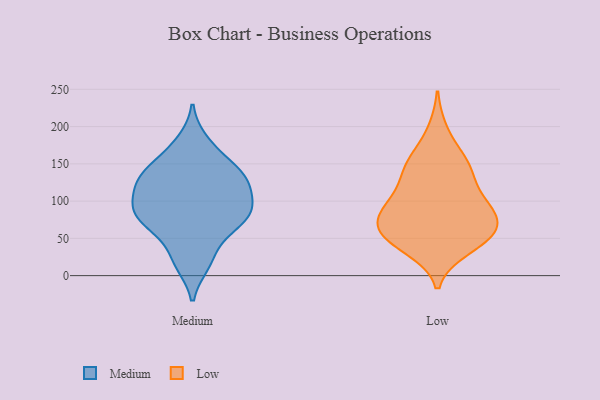
{"axis": {"x": "Customer Acquisition Cost (USD)", "y": "Value"}, "legend": ["Low", "Medium"], "data": [{"x": "", "y": 95, "type": "Medium"}, {"x": "", "y": 22, "type": "Medium"}, {"x": "", "y": 131, "type": "Medium"}, {"x": "", "y": 127, "type": "Medium"}, {"x": "", "y": 16, "type": "Medium"}, {"x": "", "y": 180, "type": "Medium"}, {"x": "", "y": 89, "type": "Medium"}, {"x": "", "y": 160, "type": "Medium"}, {"x": "", "y": 110, "type": "Medium"}, {"x": "", "y": 55, "type": "Medium"}, {"x": "", "y": 137, "type": "Medium"}, {"x": "", "y": 81, "type": "Medium"}, {"x": "", "y": 140, "type": "Medium"}, {"x": "", "y": 121, "type": "Medium"}, {"x": "", "y": 81, "type": "Medium"}, {"x": "", "y": 69, "type": "Medium"}, {"x": "", "y": 80, "type": "Medium"}, {"x": "", "y": 41, "type": "Low"}, {"x": "", "y": 112, "type": "Low"}, {"x": "", "y": 81, "type": "Low"}, {"x": "", "y": 68, "type": "Low"}, {"x": "", "y": 149, "type": "Low"}, {"x": "", "y": 113, "type": "Low"}, {"x": "", "y": 82, "type": "Low"}, {"x": "", "y": 49, "type": "Low"}, {"x": "", "y": 36, "type": "Low"}, {"x": "", "y": 100, "type": "Low"}, {"x": "", "y": 57, "type": "Low"}, {"x": "", "y": 143, "type": "Low"}, {"x": "", "y": 194, "type": "Low"}, {"x": "", "y": 88, "type": "Low"}, {"x": "", "y": 155, "type": "Low"}, {"x": "", "y": 64, "type": "Low"}, {"x": "", "y": 49, "type": "Low"}, {"x": "", "y": 147, "type": "Low"}, {"x": "", "y": 76, "type": "Low"}]}